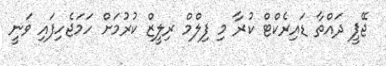
ޖޭޕީ ދައްތާ ޑައިރެކްޓް ކުރާ މި ފިލްމް ރިލީޒް ކުރުމަށް ހަމަޖެހިފައި ވަނީ